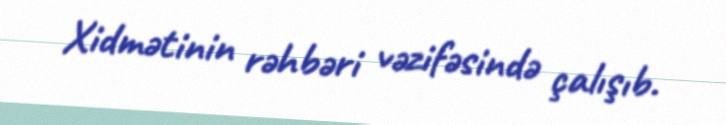
Xidmətinin rəhbəri vəzifəsində çalışıb.